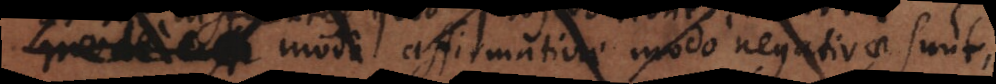
e modo affirmativae modo negativae sunt.